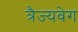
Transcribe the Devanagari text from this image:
त्रैज्यवेग